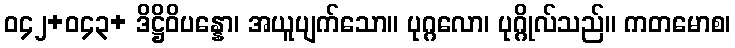
ဝ၄၂+ဝ၄၃+ ဒိဋ္ဌိဝိပန္နော၊ အယူပျက်သော။ ပုဂ္ဂလော၊ ပုဂ္ဂိုလ်သည်။ ကတမောစ၊